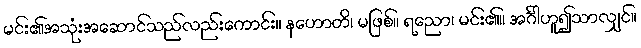
မင်း၏အသုံးအဆောင်သည်လည်းကောင်း။ နဟောတိ၊ မဖြစ်။ ရညော၊ မင်း၏။ အင်္ဂါဟူ၍သာလျှင်။